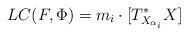
LaTeX: \begin{align*}LC(F,\Phi)=m_i \cdot [T_{X_{\alpha_i}}^*X]\end{align*}